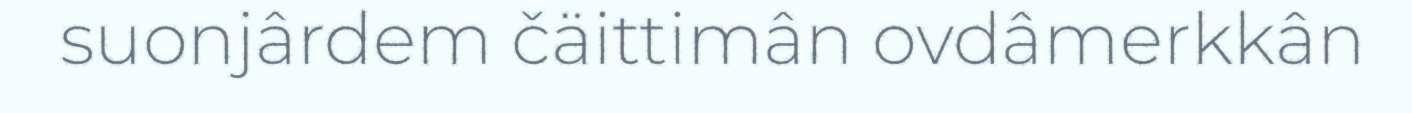
suonjârdem čäittimân ovdâmerkkân